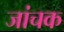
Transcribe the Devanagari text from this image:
जांचक